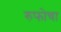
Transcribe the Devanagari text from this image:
रुफोचा